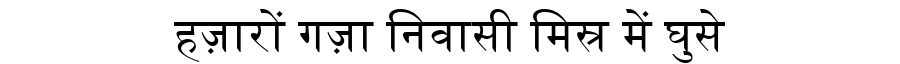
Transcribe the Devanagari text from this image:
हज़ारों गज़ा निवासी मिस्र में घुसे